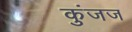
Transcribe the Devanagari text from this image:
कुंजज